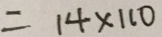
= 1 4 \times 1 1 0